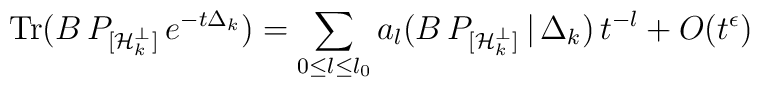
\mbox{Tr}(B\,P_{[{\cal H\/}_k^{\perp}]}\,e^{-t\Delta_k})=\sum_{0{\leq}l{\leq}l_0}a_l(B\,P_{[{\cal H\/}_k^{\perp}]}\,|\,\Delta_k)\,t^{-l}+O(t^{\epsilon})